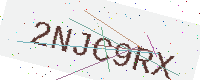
Text: 2NJC9RX